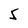
Character: 5